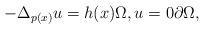
LaTeX: \begin{align*}-\Delta _{p(x)}u=h(x)\Omega ,u=0\partial\Omega , \end{align*}